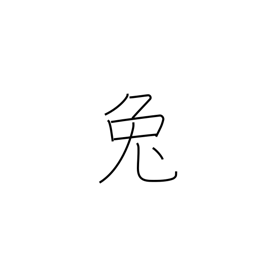
Meaning: hare